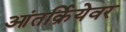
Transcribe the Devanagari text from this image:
आंतर्क्रियेवर